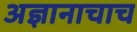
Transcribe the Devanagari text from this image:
अज्ञानाचाच